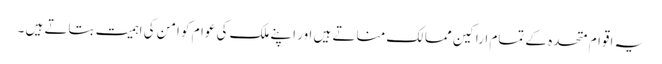
یہ اقوام متحدہ کے تمام اراکین ممالک مناتے ہیں اور اپنے ملک کی عوام کو امن کی اہمیت بتاتے ہیں ۔